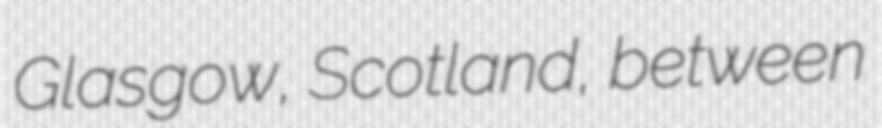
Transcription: Glasgow, Scotland, between